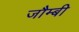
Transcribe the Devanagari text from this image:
जौम्बी